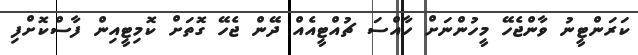
ކަރަންޓީނު ވާންޖެހޭ މީހުންނަށް ހާއްސަ ޗުއްޓީއެއް ދޭން ޖެހޭ ގޮތަށް ކޮމިޓީއިން ފާސްކޮށްފި